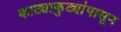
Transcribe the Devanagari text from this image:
काट्याकुट्यांपासून